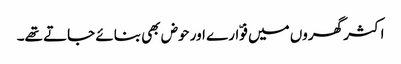
اکثر گھروں میں فوّارے اور حوض بھی بنائے جاتے تھے۔